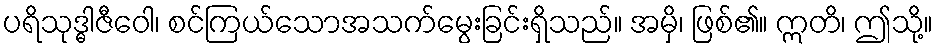
ပရိသုဒ္ဓါဇီဝေါ၊ စင်ကြယ်သောအသက်မွေးခြင်းရှိသည်။ အမှိ၊ ဖြစ်၏။ ဣတိ၊ ဤသို့။